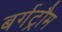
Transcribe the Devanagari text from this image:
बर्गट्रौम